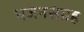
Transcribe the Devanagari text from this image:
भजनसंग्रह